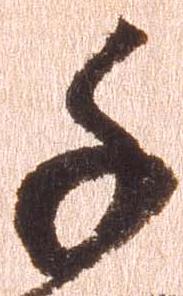
千